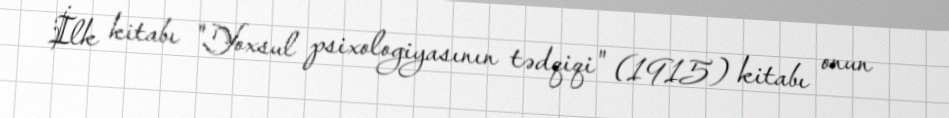
İlk kitabı "Yoxsul psixologiyasının tədqiqi" (1915) kitabı onun